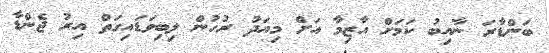
ބަންޑާރަ ނާއިބު ކަމަށް އާޒިމާ އަށް މިއަދު ރުހުން ލިބިވަޑައިގަތް އިރު ޖެންޑާ